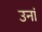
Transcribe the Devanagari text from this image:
उनां